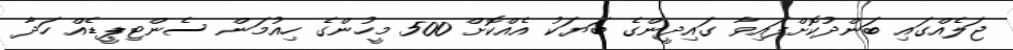
ޖަލެއްގައި ބަންދުކޮށްފައިވާ ގައިދީންގެ ބަޔަކު އެއްކޮށް 500 މީހުންގެ ހިއުމަން ސެންޓިޕީޑެއް ހަދާ